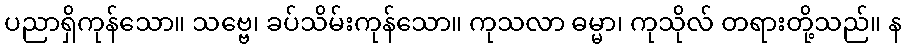
ပညာရှိကုန်သော။ သဗ္ဗေ၊ ခပ်သိမ်းကုန်သော။ ကုသလာ ဓမ္မာ၊ ကုသိုလ် တရားတို့သည်။ န